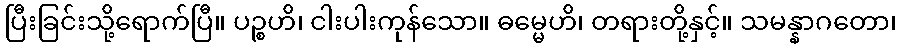
ပြီးခြင်းသို့ရောက်ပြီ။ ပဉ္စဟိ၊ ငါးပါးကုန်သော။ ဓမ္မေဟိ၊ တရားတို့နှင့်။ သမန္နာဂတော၊